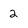
Character: 2